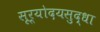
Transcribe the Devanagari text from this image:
सूर्योदयसुद्धा